Lunatic asylums in Bengal annual reports 1899-1911 - 1899-1911
Year: 1899
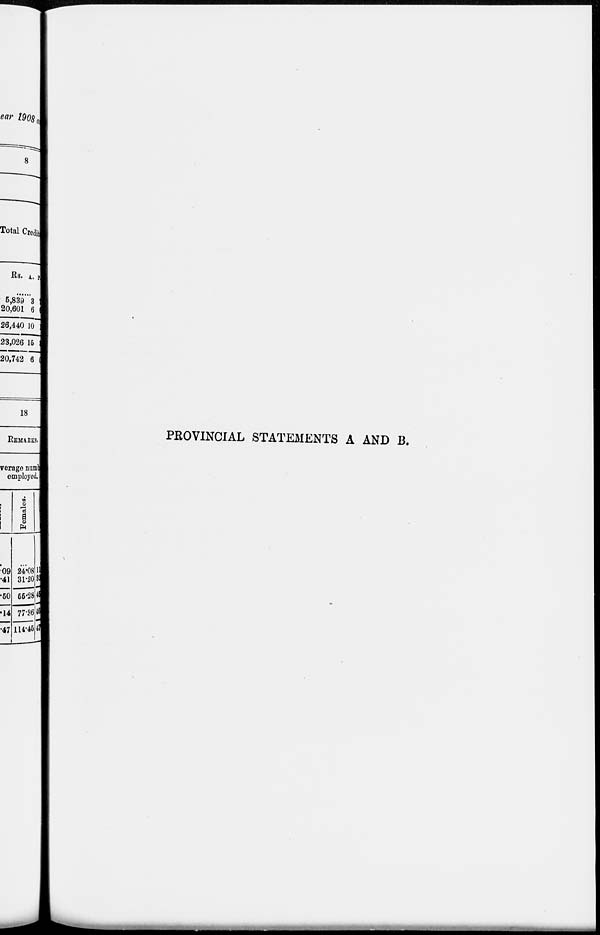
PROVINCIAL STATEMENTS A AND B.